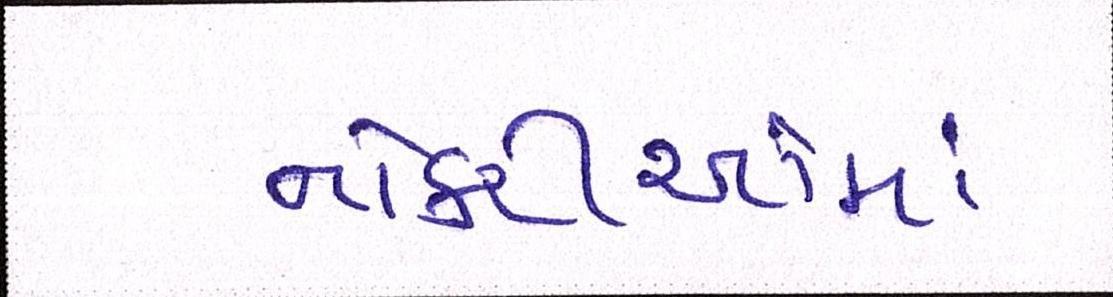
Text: નોકરીઓમાં